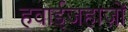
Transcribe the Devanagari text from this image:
हवाईजहाज़ों